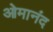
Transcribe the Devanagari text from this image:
ओमानंद